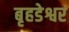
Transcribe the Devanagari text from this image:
बृहडेश्वर